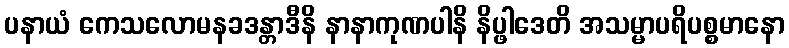
ပနာယံ ကေသလောမနခဒန္တာဒီနိ နာနာကုဏပါနိ နိပ္ဖါဒေတိ အသမ္မာပရိပစ္စမာနော